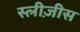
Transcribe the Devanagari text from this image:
स्लीज़ीस